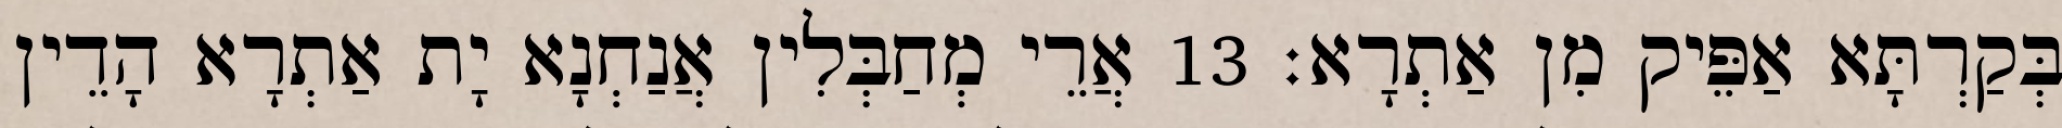
בְּקַרְתָּא אַפֵּיק מִן אַתְרָא׃ 13 אֲרֵי מְחַבְּלִין אֲנַחְנָא יָת אַתְרָא הָדֵין